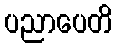
ပညာပေတိ